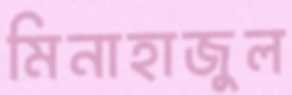
মিনাহাজুল